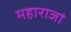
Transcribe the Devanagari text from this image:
महाराजां